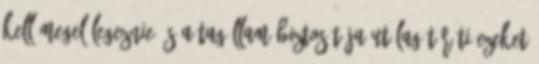
kell megelőlegeznie és a tagállam biztosítója utólag téríti ezeket